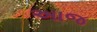
અાજ